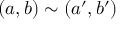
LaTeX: ( a , b ) \sim ( a ^ { \prime } , b ^ { \prime } ) \quad